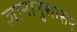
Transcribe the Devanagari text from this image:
ज्ञानानुशासन